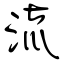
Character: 流